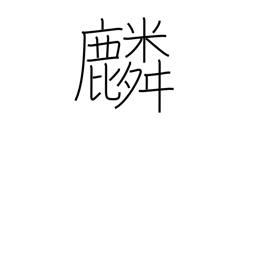
Meaning: giraffe